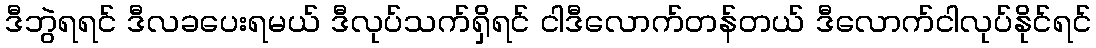
ဒီဘွဲရရင် ဒီလခပေးရမယ် ဒီလုပ်သက်ရှိရင် ငါဒီလောက်တန်တယ် ဒီလောက်ငါလုပ်နိုင်ရင်